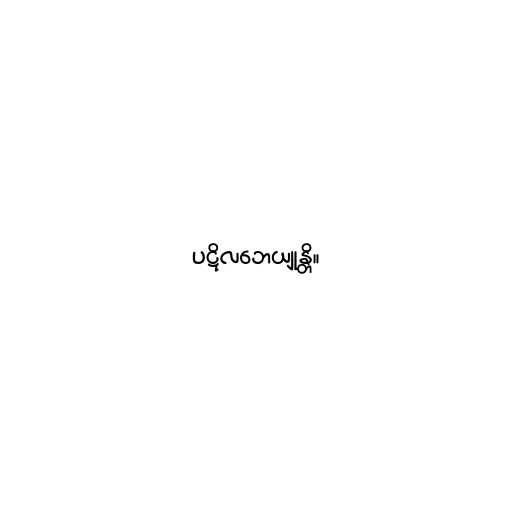
ပဋိလဘေယျုန္တိ။